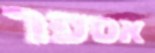
אספר